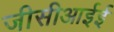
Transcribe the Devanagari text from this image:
जीसीआईई